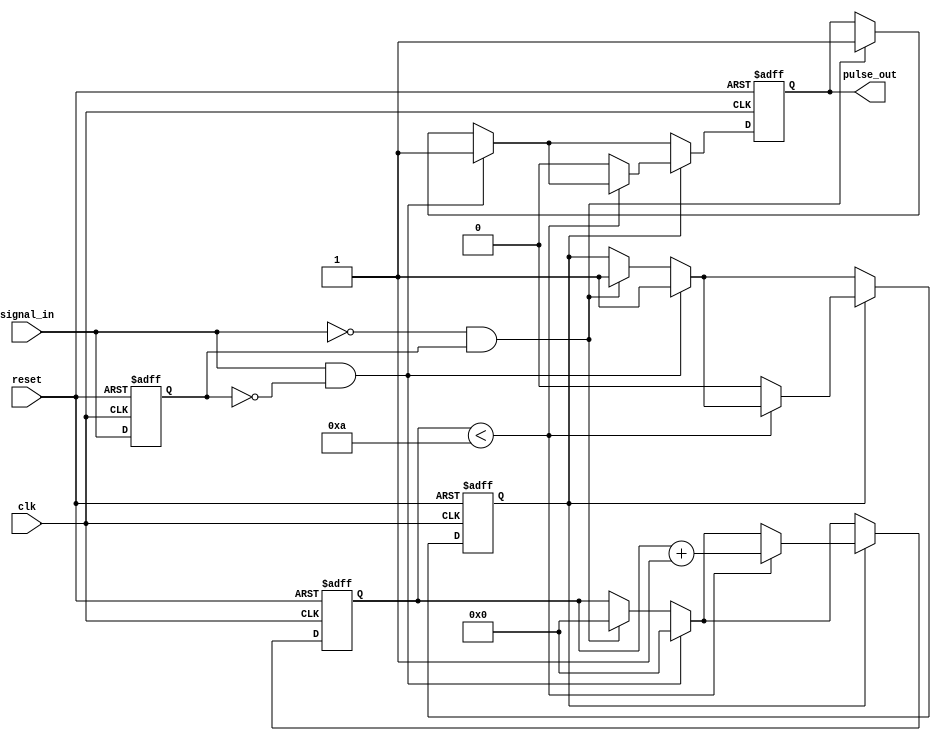
module MonostableEdgeDetector (
    input wire clk,             // Clock input
    input wire reset,           // Asynchronous reset
    input wire signal_in,       // Input signal to monitor for edges
    output reg pulse_out        // Output pulse
);

    // Parameters
    parameter PULSE_WIDTH = 10; // Duration of the pulse in clock cycles

    // Internal signals
    reg signal_prev;            // Previous state of the input signal
    reg [3:0] pulse_counter;    // Counter for pulse duration
    reg pulse_active;           // Flag to indicate if pulse is active

    // Edge detection logic
    always @(posedge clk or posedge reset) begin
        if (reset) begin
            signal_prev <= 1'b0;
            pulse_out <= 1'b0;
            pulse_counter <= 4'b0;
            pulse_active <= 1'b0;
        end else begin
            // Update previous state
            signal_prev <= signal_in;

            // Check for rising edge
            if (signal_in && !signal_prev) begin
                pulse_out <= 1'b1;      // Set pulse high on rising edge
                pulse_active <= 1'b1;   // Indicate pulse is active
                pulse_counter <= 4'b0;   // Reset pulse counter
            end
            // Check for falling edge
            else if (!signal_in && signal_prev) begin
                pulse_out <= 1'b1;      // Set pulse high on falling edge
                pulse_active <= 1'b1;   // Indicate pulse is active
                pulse_counter <= 4'b0;   // Reset pulse counter
            end

            // Pulse duration management
            if (pulse_active) begin
                if (pulse_counter < PULSE_WIDTH) begin
                    pulse_counter <= pulse_counter + 1'b1; // Increment counter
                end else begin
                    pulse_out <= 1'b0;      // Reset pulse after duration
                    pulse_active <= 1'b0;   // Indicate pulse is no longer active
                end
            end
        end
    end

endmodule